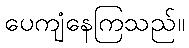
ပေကျံနေကြသည်။